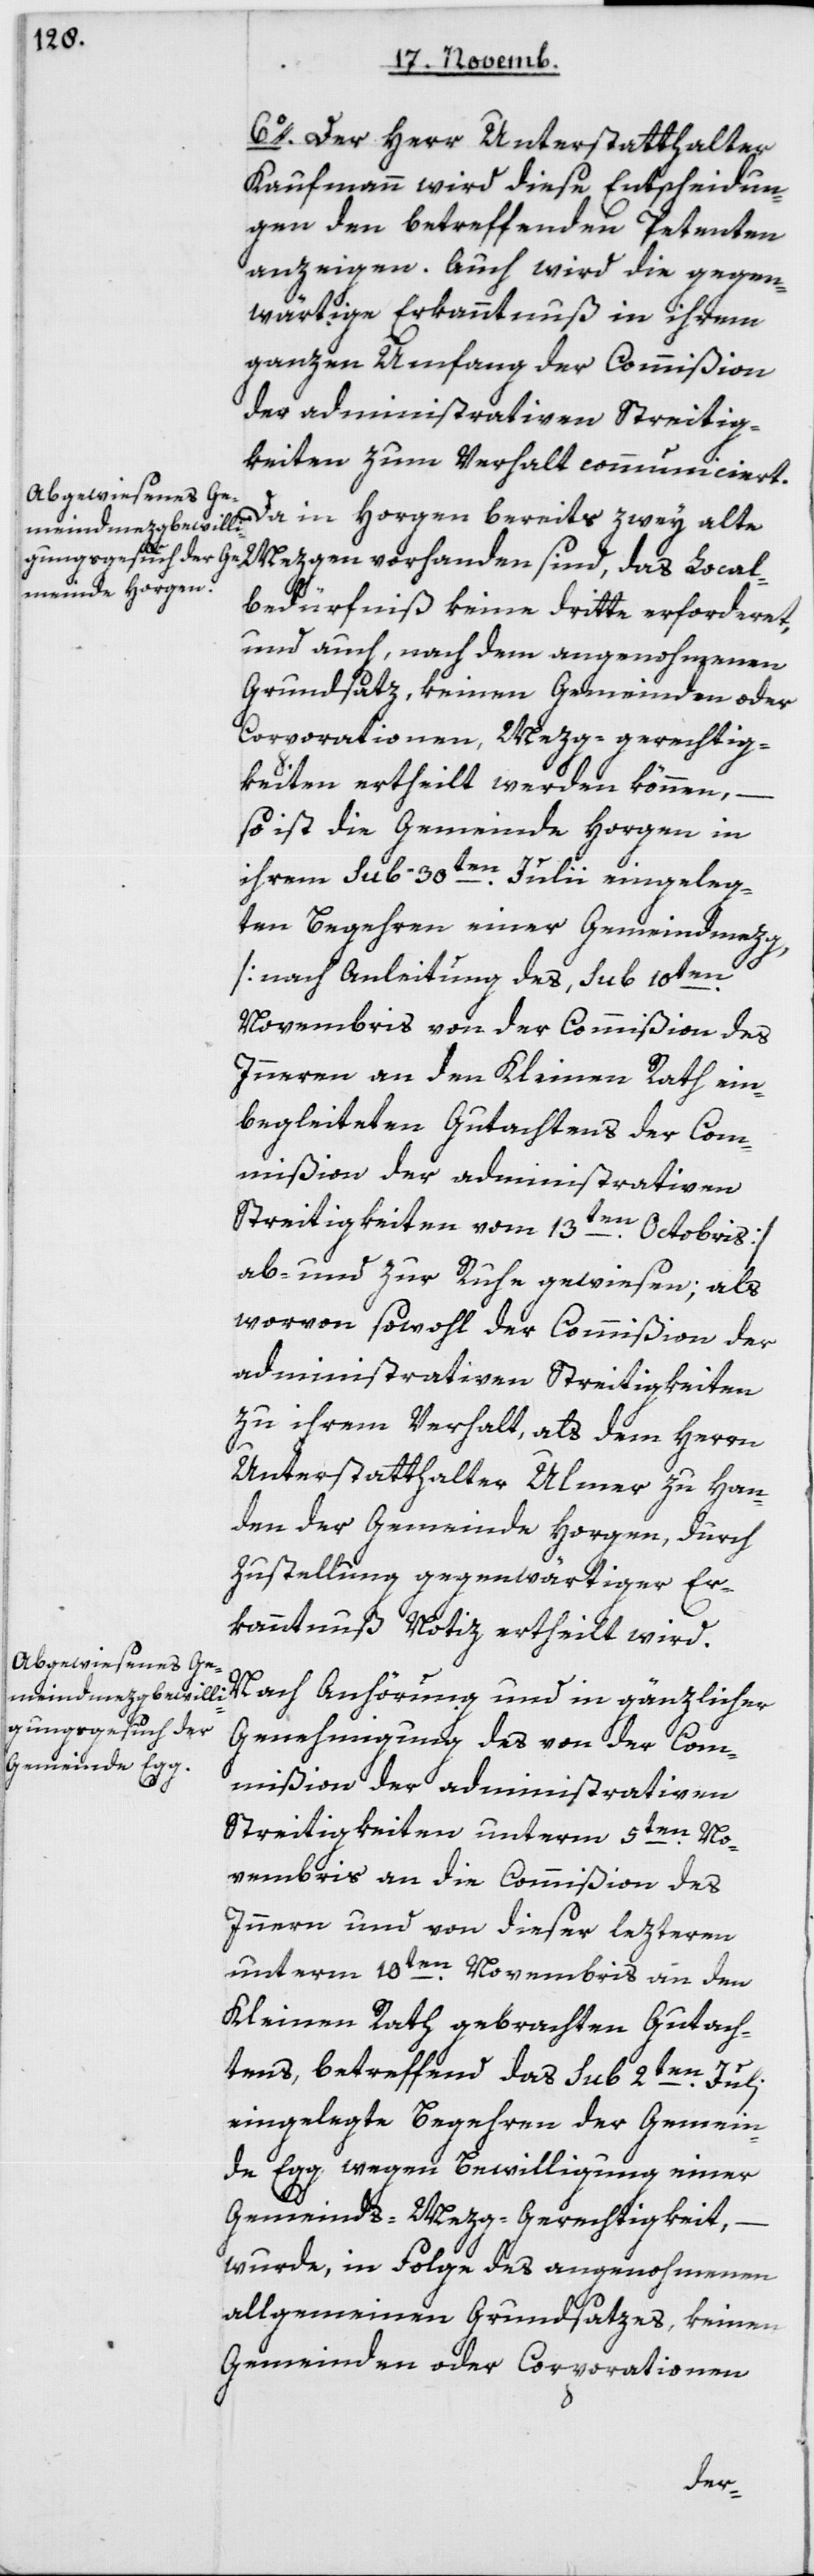
6. Der Herr Unterstatthalter
Kaufmann wird diese Entscheidun¬
gen den betreffenden Petenten
anzeigen. Auch wird die gegen¬
wärtige Erkanntnuß in ihrem
ganzen Umfang der Commißion
der administrativen Streitig¬
keiten zum Verhalt communiciert.
Da in Horgen bereits zwey alte
Mezgen vorhanden sind, das Local¬
bedürfniß keine dritte erforderet,
und auch, nach dem angenohmenen
Grundsatz, keinen Gemeinden oder
Corporationen Mezg-gerechtig¬
keiten ertheilt werden können, –
so ist die Gemeinde Horgen in
ihrem sub 30ten Julii eingeleg¬
ten Begehren einer Gemeindmezg
[nach Anleitung des sub 10ten
Novembris von der Commißion des
Innern an den Kleinen Rath ein¬
begleiteten Gutachtens der Com¬
mißion der administrativen
Streitigkeiten vom 13ten Octobris]
ab- und zur Ruhe gewiesen; als
worvon sowohl der Commißion der
administrativen Streitigkeiten
zu ihrem Verhalt, als dem Herrn
Unterstatthalter Ulmer zu Han¬
den der Gemeinde Horgen, durch
Zustellung gegenwärtiger Er¬
kanntnuß Notiz ertheilt wird.
Nach Anhörung und in gänzlicher
Genehmigung des von der Com¬
mißion der administrativen
Streitigkeiten unterm 5ten No¬
vembris an die Commißion des
Innern und von dieser lezteren
unterm 10ten Novembris an den
Kleinen Rath gebrachten Gutach¬
tens, betreffend das sub 2ten Juli
eingelegte Begehren der Gemein¬
de Egg, wegen Bewilligung einer
Gemeinds-Mezg-Gerechtigkeit,
wurde, in Folge des angenohmenen
allgemeinen Grundsatzes, keinen
Gemeinden oder Corporationen